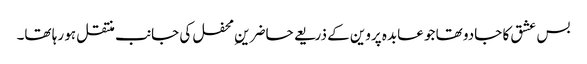
بس عشق کا جادو تھا جو عابدہ پروین کے ذریعے حاضرینِ محفل کی جانب منتقل ہو رہا تھا۔